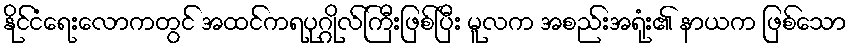
နိုင်ငံရေးလောကတွင် အထင်ကရပုဂ္ဂိုလ်ကြီးဖြစ်ပြီး မူလက အစည်းအရုံး၏ နာယက ဖြစ်သော